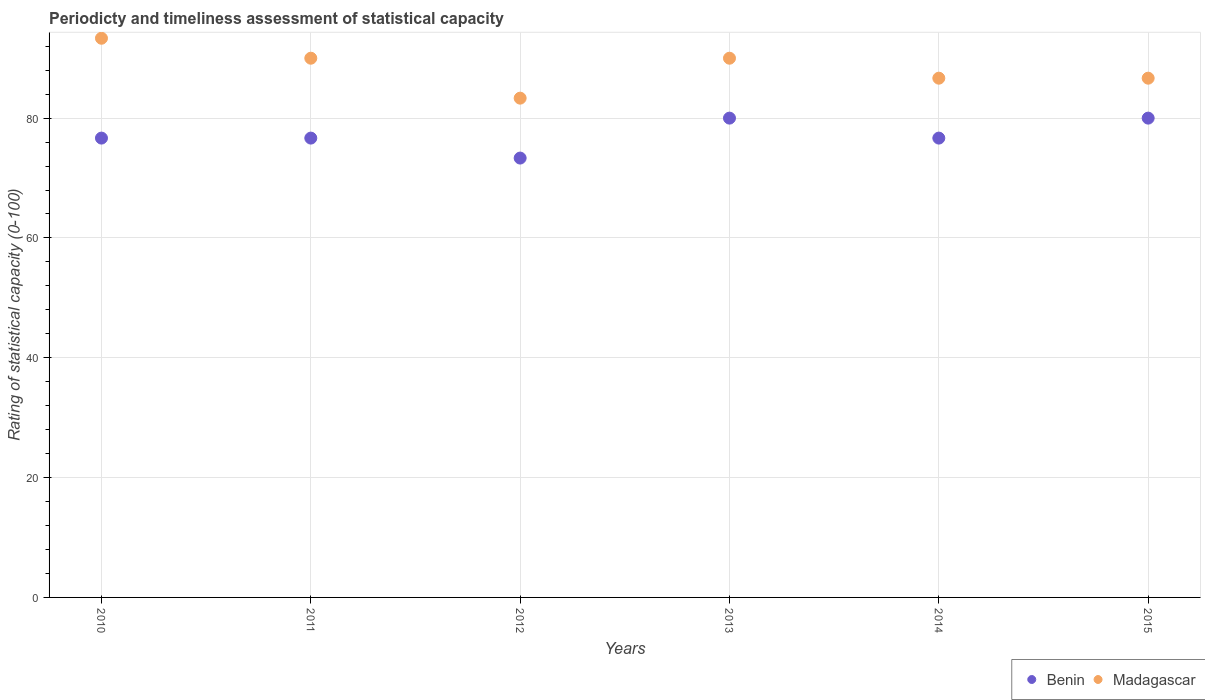
| Years | Benin | Madagascar |
 | --- | --- | --- |
 | 2010 | 76.7 | 93.3 |
 | 2011 | 76.7 | 90 |
 | 2012 | 73.3 | 83.3 |
 | 2013 | 80 | 90 |
 | 2014 | 76.7 | 86.7 |
 | 2015 | 80 | 86.7 |